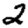
Digit: 2